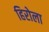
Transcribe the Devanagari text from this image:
हिरोला